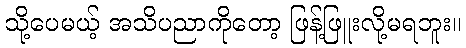
သို့ပေမယ့် အသိပညာကိုတော့ ဖြန့်ဖြူးလို့မရဘူး။